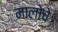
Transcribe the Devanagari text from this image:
मालोचे